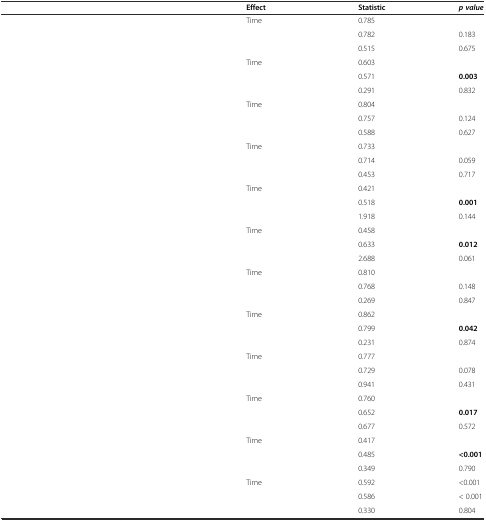
<table><thead><tr><td>[EMPTY_CELL]</td><td><b>Effect</b></td><td><b>Statistic</b></td><td><b><i>p value</i></b></td></tr></thead><tbody><tr><td rowspan="3">[EMPTY_CELL]</td><td>Time</td><td>0.785</td><td>[EMPTY_CELL]</td></tr><tr><td>[EMPTY_CELL]</td><td>0.782</td><td>0.183</td></tr><tr><td>[EMPTY_CELL]</td><td>0.515</td><td>0.675</td></tr><tr><td rowspan="3">[EMPTY_CELL]</td><td>Time</td><td>0.603</td><td>[EMPTY_CELL]</td></tr><tr><td>[EMPTY_CELL]</td><td>0.571</td><td><b>0.003</b></td></tr><tr><td>[EMPTY_CELL]</td><td>0.291</td><td>0.832</td></tr><tr><td rowspan="3">[EMPTY_CELL]</td><td>Time</td><td>0.804</td><td>[EMPTY_CELL]</td></tr><tr><td>[EMPTY_CELL]</td><td>0.757</td><td>0.124</td></tr><tr><td>[EMPTY_CELL]</td><td>0.588</td><td>0.627</td></tr><tr><td rowspan="3">[EMPTY_CELL]</td><td>Time</td><td>0.733</td><td>[EMPTY_CELL]</td></tr><tr><td>[EMPTY_CELL]</td><td>0.714</td><td>0.059</td></tr><tr><td>[EMPTY_CELL]</td><td>0.453</td><td>0.717</td></tr><tr><td rowspan="3">[EMPTY_CELL]</td><td>Time</td><td>0.421</td><td>[EMPTY_CELL]</td></tr><tr><td>[EMPTY_CELL]</td><td>0.518</td><td><b>0.001</b></td></tr><tr><td>[EMPTY_CELL]</td><td>1.918</td><td>0.144</td></tr><tr><td rowspan="3">[EMPTY_CELL]</td><td>Time</td><td>0.458</td><td>[EMPTY_CELL]</td></tr><tr><td>[EMPTY_CELL]</td><td>0.633</td><td><b>0.012</b></td></tr><tr><td>[EMPTY_CELL]</td><td>2.688</td><td>0.061</td></tr><tr><td rowspan="3">[EMPTY_CELL]</td><td>Time</td><td>0.810</td><td>[EMPTY_CELL]</td></tr><tr><td>[EMPTY_CELL]</td><td>0.768</td><td>0.148</td></tr><tr><td>[EMPTY_CELL]</td><td>0.269</td><td>0.847</td></tr><tr><td rowspan="3">[EMPTY_CELL]</td><td>Time</td><td>0.862</td><td>[EMPTY_CELL]</td></tr><tr><td>[EMPTY_CELL]</td><td>0.799</td><td><b>0.042</b></td></tr><tr><td>[EMPTY_CELL]</td><td>0.231</td><td>0.874</td></tr><tr><td rowspan="3">[EMPTY_CELL]</td><td>Time</td><td>0.777</td><td>[EMPTY_CELL]</td></tr><tr><td>[EMPTY_CELL]</td><td>0.729</td><td>0.078</td></tr><tr><td>[EMPTY_CELL]</td><td>0.941</td><td>0.431</td></tr><tr><td rowspan="3">[EMPTY_CELL]</td><td>Time</td><td>0.760</td><td>[EMPTY_CELL]</td></tr><tr><td>[EMPTY_CELL]</td><td>0.652</td><td><b>0.017</b></td></tr><tr><td>[EMPTY_CELL]</td><td>0.677</td><td>0.572</td></tr><tr><td rowspan="3">[EMPTY_CELL]</td><td>Time</td><td>0.417</td><td>[EMPTY_CELL]</td></tr><tr><td>[EMPTY_CELL]</td><td>0.485</td><td><b>&lt;0.001</b></td></tr><tr><td>[EMPTY_CELL]</td><td>0.349</td><td>0.790</td></tr><tr><td rowspan="3">[EMPTY_CELL]</td><td>Time</td><td>0.592</td><td>&lt;0.001</td></tr><tr><td>[EMPTY_CELL]</td><td>0.586</td><td>&lt; 0.001</td></tr><tr><td>[EMPTY_CELL]</td><td>0.330</td><td>0.804</td></tr></tbody></table>